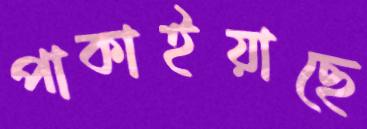
পাকাইয়াছে